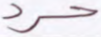
حرد